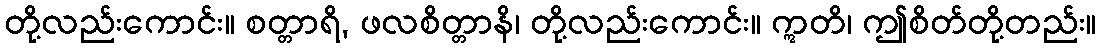
တို့လည်းကောင်း။ စတ္တာရိ, ဖလစိတ္တာနိ၊ တို့လည်းကောင်း။ ဣတိ၊ ဤစိတ်တို့တည်း။